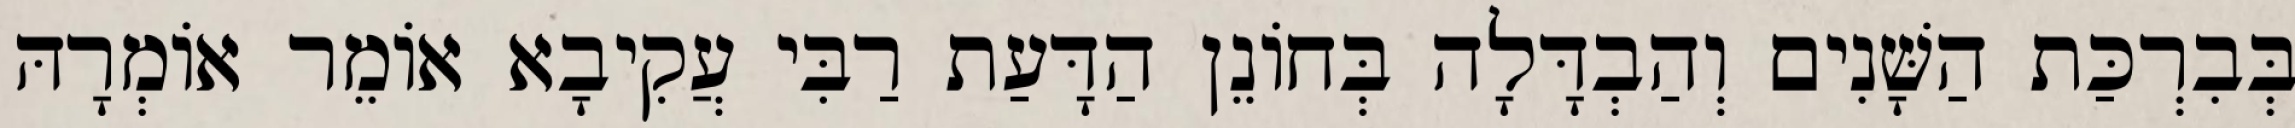
בְּבִרְכַּת הַשָּׁנִים וְהַבְדָּלָה בְּחוֹנֵן הַדָּעַת רַבִּי עֲקִיבָא אוֹמֵר אוֹמְרָהּ